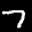
Label: 7